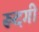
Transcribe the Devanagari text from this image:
रूदगी